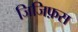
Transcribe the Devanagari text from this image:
जिजिफ़स